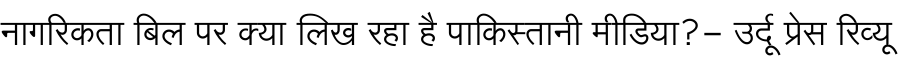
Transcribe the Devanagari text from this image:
नागरिकता बिल पर क्या लिख रहा है पाकिस्तानी मीडिया?- उर्दू प्रेस रिव्यू